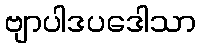
ဗျာပါဒပဒေါသာ